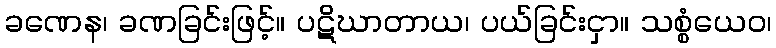
ခဏေန၊ ခဏခြင်းဖြင့်။ ပဋိဃာတာယ၊ ပယ်ခြင်းငှာ။ သစ္စံယေဝ၊